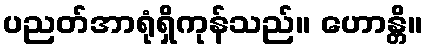
ပညတ်အာရုံရှိကုန်သည်။ ဟောန္တိ။